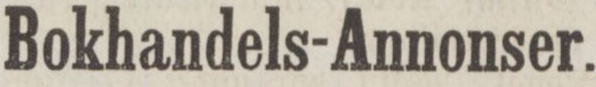
Bokhandels-Annonser.